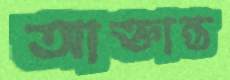
আক্তান্ত